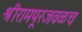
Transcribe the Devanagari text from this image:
श्रीरामपूरजवळच